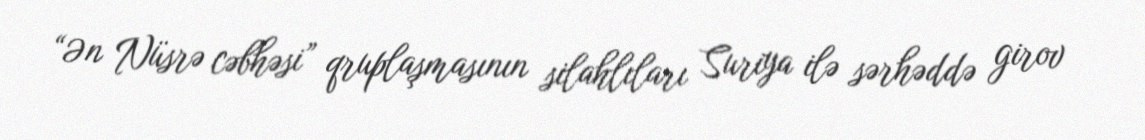
“Ən Nüsrə cəbhəsi” qruplaşmasının silahlıları Suriya ilə sərhəddə girov